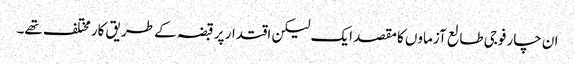
ان چار فوجی طالع آزماوں کا مقصد ایک لیکن اقتدار پر قبضہ کے طریق کار مختلف تھے۔